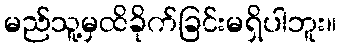
မည်သူ့မှထိခိုက်ခြင်းမရှိပါဘူး။